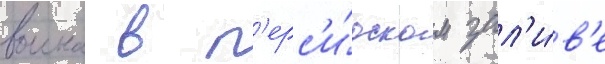
воина в п'ерс'и́дском зал'и́в'е